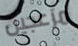
مزعجين